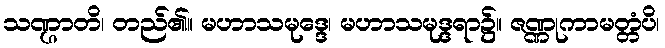
သဏ္ဌာတိ၊ တည်၏။ မဟာသမုဒ္ဒေ၊ မဟာသမုဒ္ဒရာ၌။ ဇဏ္ဏုကာမတ္တံပိ၊